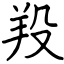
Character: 羖